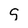
Character: S